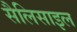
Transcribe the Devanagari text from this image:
सैलिसाइल